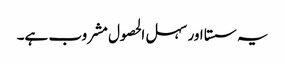
یہ سستا اور سہل الحصول مشروب ہے۔